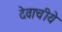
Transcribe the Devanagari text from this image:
देवाचीये